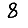
Digit: 8